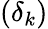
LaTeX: (\delta_{k})